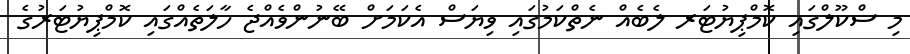
މި ސްކޫލްގައި ކޮމްޕިޔުޓަރ ލެބެއް ނެތްކަމުގައި ވިޔަސް އެކަމަށް ބޭނުންވެއްޖެ ހާލަތެއްގައި ކޮމްޕިޔުޓަރުގެ